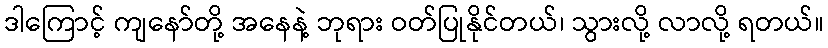
ဒါကြောင့် ကျနော်တို့ အနေနဲ့ ဘုရား ဝတ်ပြုနိုင်တယ်၊ သွားလို့ လာလို့ ရတယ်။